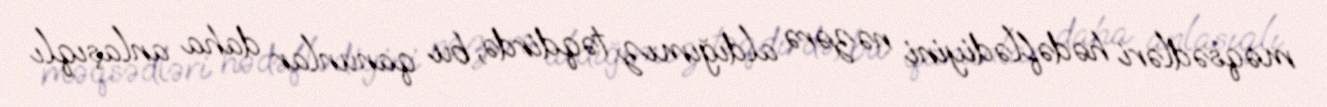
məqsədləri hədəflədiyini nəzərə aldığımız təqdirdə, bu qanunlar daha anlaşıqlı